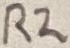
Text: R2